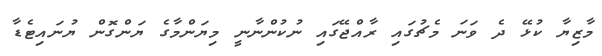
މާޒިޔާ ކުޅޭ ދެ ވަނަ މެޗުގައި ރާއްޖޭގައި ނުކުންނާނީ މިޔަންމާގެ ޔަންގޮން ޔުނައިޓެޑާ